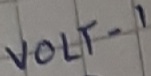
Text: VOLT-1